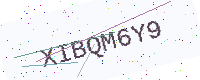
Text: XIBQM6Y9